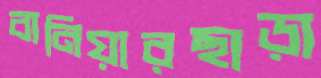
বানিয়ারছাড়া